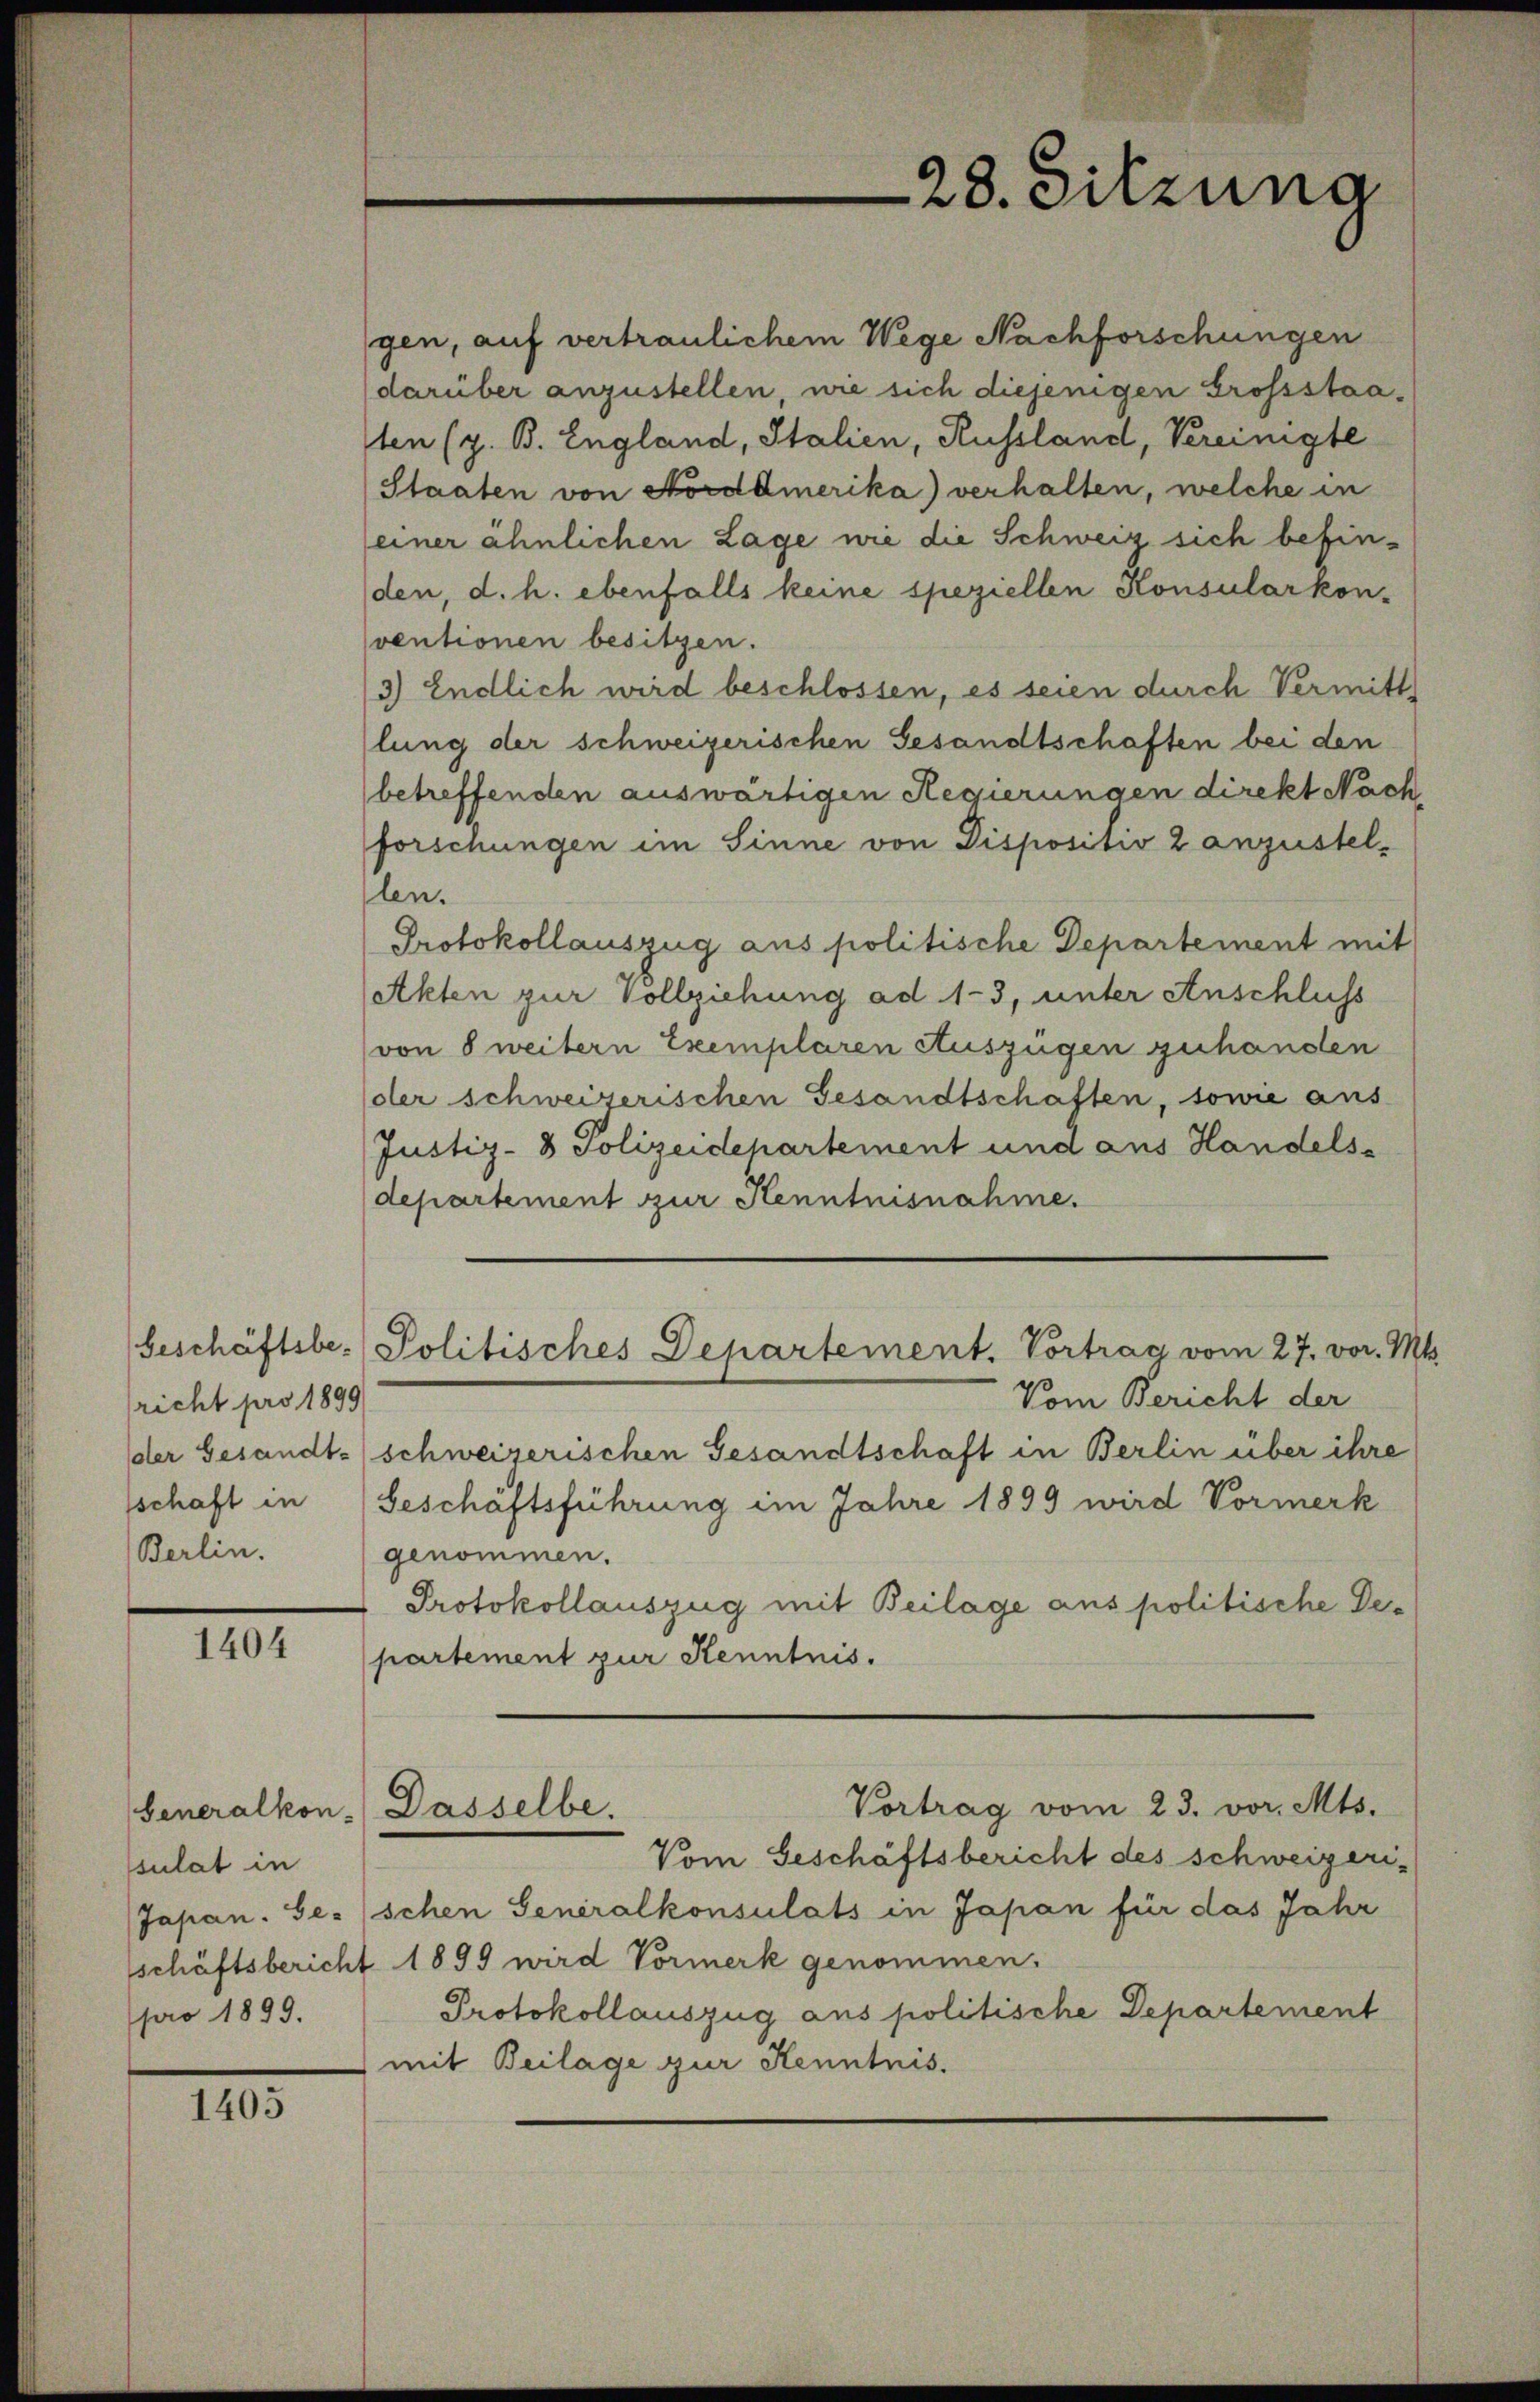
richt pro 1899
schaft in
Berlin.

1404

Generalkon-
sulat in
Japan. Ge-
pro 1899.

1405

gen, auf vertraulichem Wege Nachforschungen
darüber anzustellen, wie sich diejenigen Grossstaaten (z. B. England, Italien, Russland, Vereinigte
Staaten von Nordamerika) verhalten, welche in
einer ähnlichen Lage wie die Schweiz sich befinden, d. h. ebenfalls keine speziellen Konsularkon-
ventionen besitzen.
3) Endlich wird beschlossen, es seien durch Vermitt
lung der schweizerischen Gesandtschaften bei den
betreffenden auswärtigen Regierungen direkt Nach
forschungen im Sinne von Dispositiv 2 anzustellen.
Protokollauszug aus politische Departement mit
Akten zur Vollziehung ad 13, unter Anschluss
von 8 weitern Exemplaren Auszügen zuhanden
der schweizerischen Gesandtschaften, sowie aus
Justiz- & Polizeidehartement und aus Handels-
departement zur Kenntnisnahme.
beschäftsbe-Politisches Departement. Vortrag vom 27. vor. Mt.
Vom Bericht der
der Gesandtschweizerischen Gesandtschaft in Berlin über ihre
Geschäftsführung im Jahre 1899 wird Vormerk
genommen.
Protokollauszug mit Beilage aus politische Departement zur Kenntnis.
Vortrag vom 23. vor. Mts.
Dasselbe.
Vom Geschäftsbericht des schweizeri-
schen Generalkonsulats in Japan für das Jahr
schäftsbericht 1899 wird Vormerk genommen.
Protokollauszug aus politische Departement
mit Beilage zur Kenntnis.

28. Sitzuna